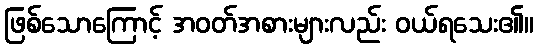
ဖြစ်သောကြောင့် အဝတ်အစားများလည်း ဝယ်ရသေး၏။